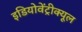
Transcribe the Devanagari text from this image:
इडियोवेंट्रीक्यूल